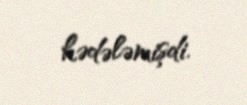
hədələmişdi.